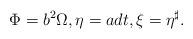
LaTeX: \begin{align*}\Phi=b^2\Omega, \eta=adt, \xi=\eta^\sharp.\end{align*}